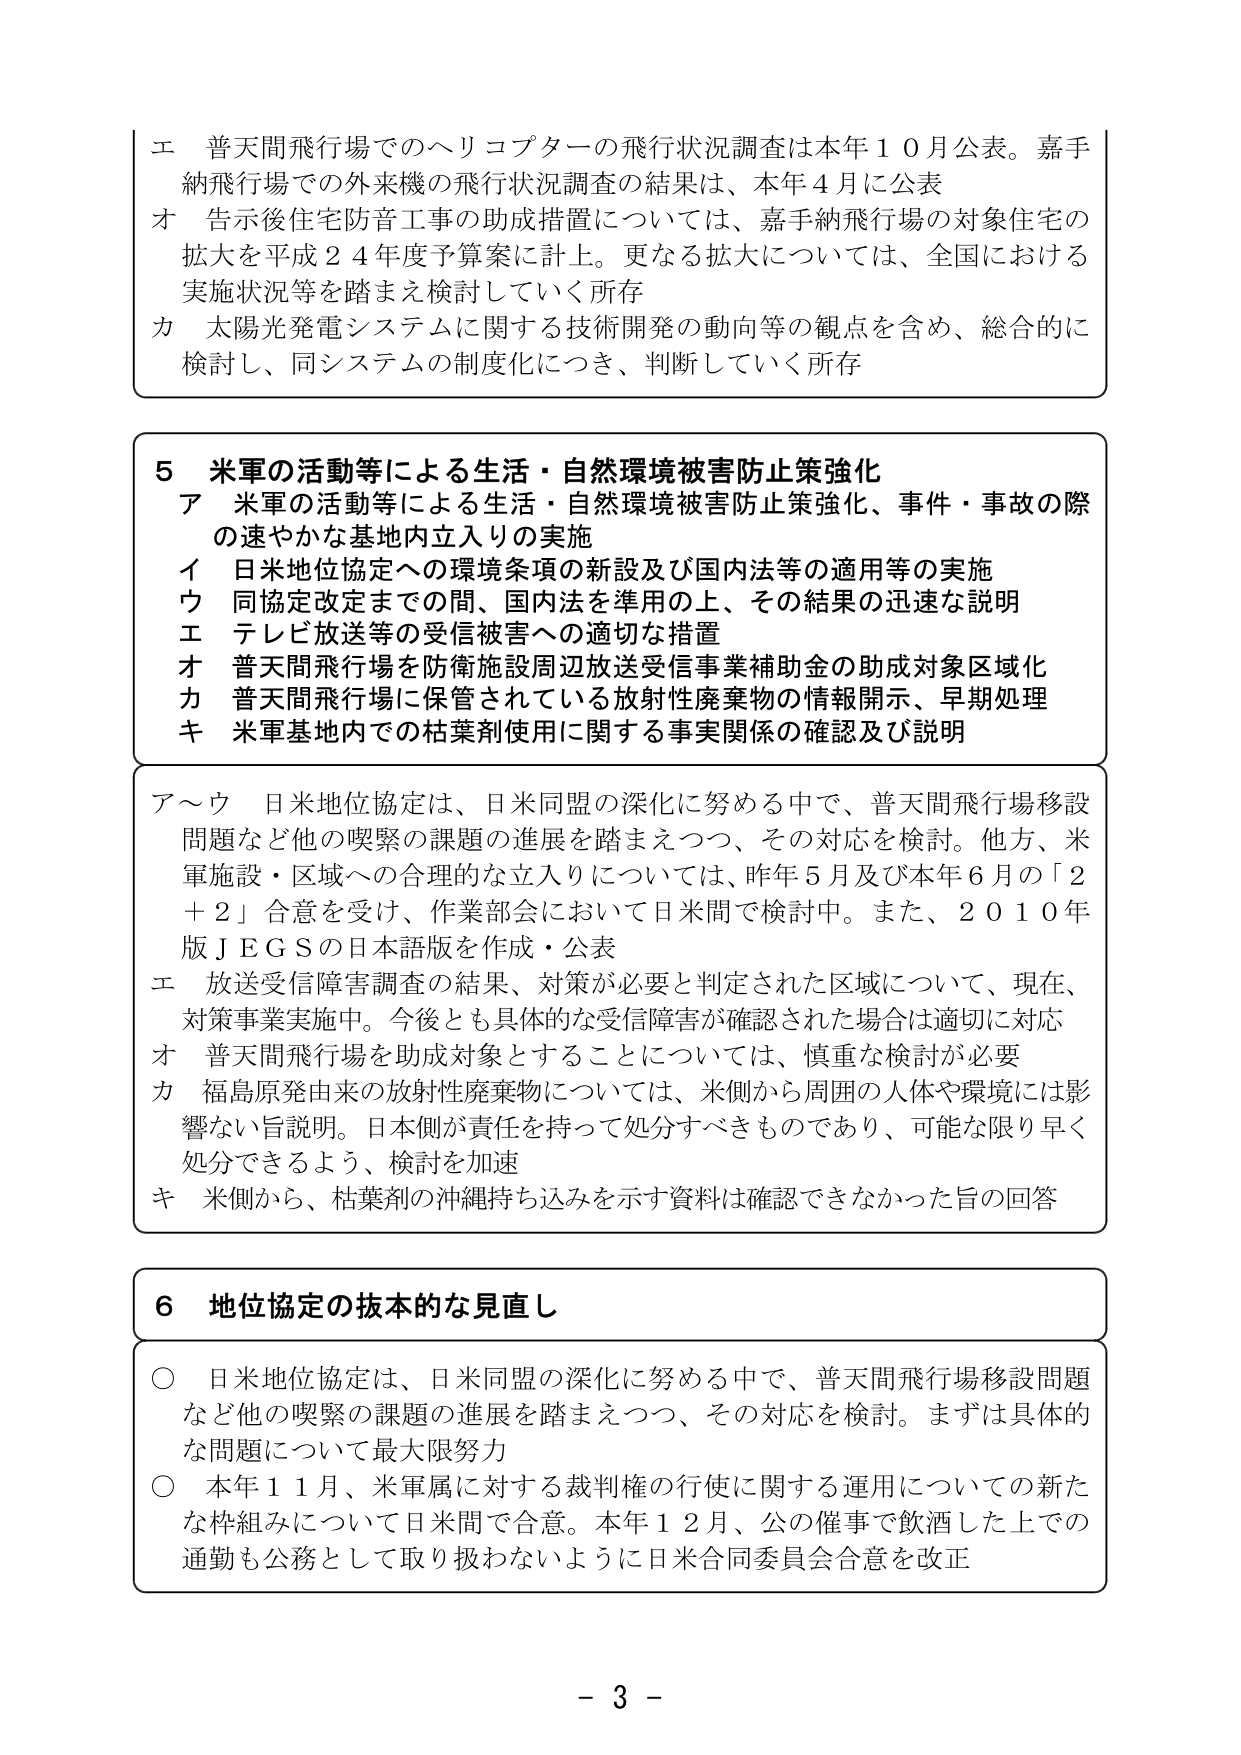
エ 普天間飛行場でのヘリコプターの飛行状況調査は本年１０月公表。嘉手納飛行場での外来機の飛行状況調査の結果は、本年４月に公表
オ 告示後住宅防音工事の助成措置については、嘉手納飛行場の対象住宅の拡大を平成２４年度予算案に計上。更なる拡大については、全国における実施状況等を踏まえ検討していく所存
カ 太陽光発電システムに関する技術開発の動向等の観点を含め、総合的に検討し、同システムの制度化につき、判断していく所存

５ 米軍の活動等による生活・自然環境被害防止策強化
ア 米軍の活動等による生活・自然環境被害防止策強化、事件・事故の際の速やかな基地内立入りの実施
イ 日米地位協定への環境条項の新設及び国内法等の適用等の実施
ウ 同協定改定までの間、国内法を準用の上、その結果の迅速な説明
エ テレビ放送等の受信被害への適切な措置
オ 普天間飛行場を防衛施設周辺放送受信事業補助金の助成対象区域化
カ 普天間飛行場に保管されている放射性廃棄物の情報開示、早期処理
キ 米軍基地内での枯葉剤使用に関する事実関係の確認及び説明

ア～ウ 日米地位協定は、日米同盟の深化に努める中で、普天間飛行場移設問題など他の喫緊の課題の進展を踏まえつつ、その対応を検討。他方、米軍施設・区域への合理的な立入りについては、昨年５月及び本年６月の「２＋２」合意を受け、作業部会において日米間で検討中。また、２０１０年版ＪＥＧＳの日本語版を作成・公表
エ 放送受信障害調査の結果、対策が必要と判定された区域について、現在、対策事業実施中。今後とも具体的な受信障害が確認された場合は適切に対応
オ 普天間飛行場を助成対象とすることについては、慎重な検討が必要
カ 福島原発由来の放射性廃棄物については、米側から周囲の人体や環境には影響ない旨説明。日本側が責任を持って処分すべきものであり、可能な限り早く処分できるよう、検討を加速
キ 米側から、枯葉剤の沖縄持ち込みを示す資料は確認できなかった旨の回答

６ 地位協定の抜本的な見直し
○ 日米地位協定は、日米同盟の深化に努める中で、普天間飛行場移設問題など他の喫緊の課題の進展を踏まえつつ、その対応を検討。まずは具体的な問題について最大限努力
○ 本年１１月、米軍属に対する裁判権の行使に関する運用についての新たな枠組みについて日米間で合意。本年１２月、公の催事で飲酒した上での通勤も公務として取り扱わないように日米合同委員会合意を改正

－ 3 －